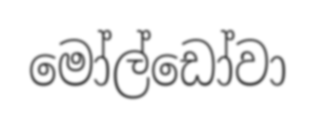
මෝල්ඩෝවා